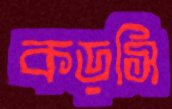
কড়সি